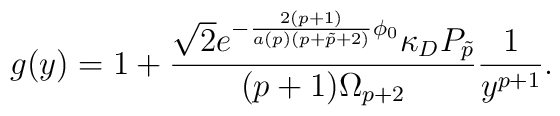
g(y)=1+{{\sqrt{2}e^{-{{2(p+1)}\over{a(p)(p+\tilde{p}+2)}}\phi_0}\kappa_DP_{\tilde{p}}}\over{(p+1)\Omega_{p+2}}}{1\over{y^{p+1}}}.